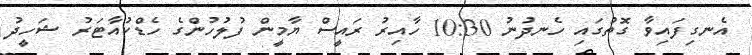
އެނގިފައިވާ ގޮތުގައި ހެނދުނު 10:30 ހާއިރު ރައީސް ޔާމީން ފުލުހުންގެ ހެޑްކުއާޓަރު ޝަހީދު